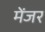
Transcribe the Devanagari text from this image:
मेंजर